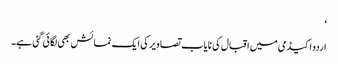
‘
اردو اکیڈمی میں اقبال کی نایاب تصاویر کی ایک نمائش بھی لگائی گئی ہے۔